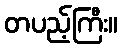
တပည့်ကြီး။